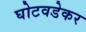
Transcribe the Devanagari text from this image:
घोटवडेकर